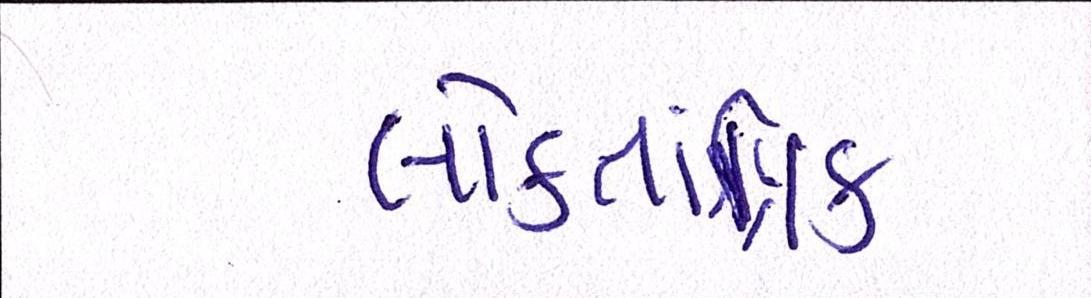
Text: લોકતાંત્રિક